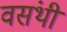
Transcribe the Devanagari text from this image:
वसंथी